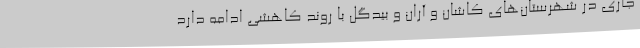
جاری در شهرستان‌های کاشان و آران و بیدگل با روند کاهشی ادامه دارد